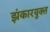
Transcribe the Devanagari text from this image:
झंकारयुक्त